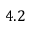
4 . 2